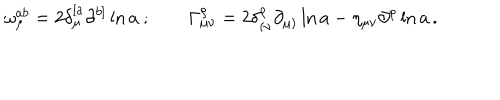
LaTeX: \omega _ { \mu } ^ { a b } = 2 \delta _ { \mu } ^ { [ a } \partial ^ { b ] } \ln a \ ; \qquad \Gamma _ { \mu \nu } ^ { \rho } = 2 \delta _ { ( \nu } ^ { \rho } \partial _ { \mu ) } \ln a - \eta _ { \mu \nu } \partial ^ { \rho } \ln a \, .